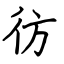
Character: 彷